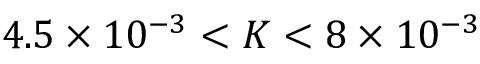
4 . 5 \times 1 0 ^ { - 3 } < K < 8 \times 1 0 ^ { - 3 }